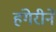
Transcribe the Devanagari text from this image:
हंगेरीने